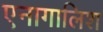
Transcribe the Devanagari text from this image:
एनागालिश